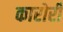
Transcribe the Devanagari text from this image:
कारोरी